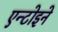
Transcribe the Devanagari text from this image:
एन्टोइने